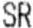
SR